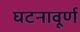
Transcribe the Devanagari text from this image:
घटनावूर्ण